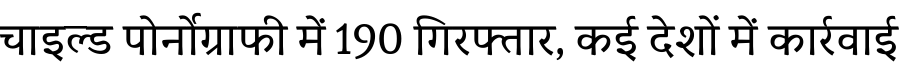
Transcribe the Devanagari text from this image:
चाइल्ड पोर्नोग्राफी में 190 गिरफ्तार, कई देशों में कार्रवाई